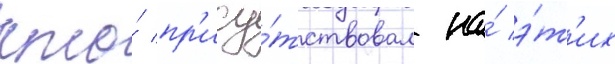
кто́ пр'ису́тствовал на́ э́т'их